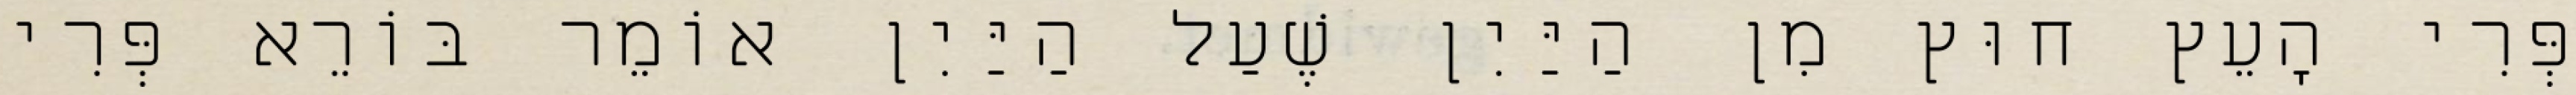
פְּרִי הָעֵץ חוּץ מִן הַיַּיִן שֶׁעַל הַיַּיִן אוֹמֵר בּוֹרֵא פְּרִי